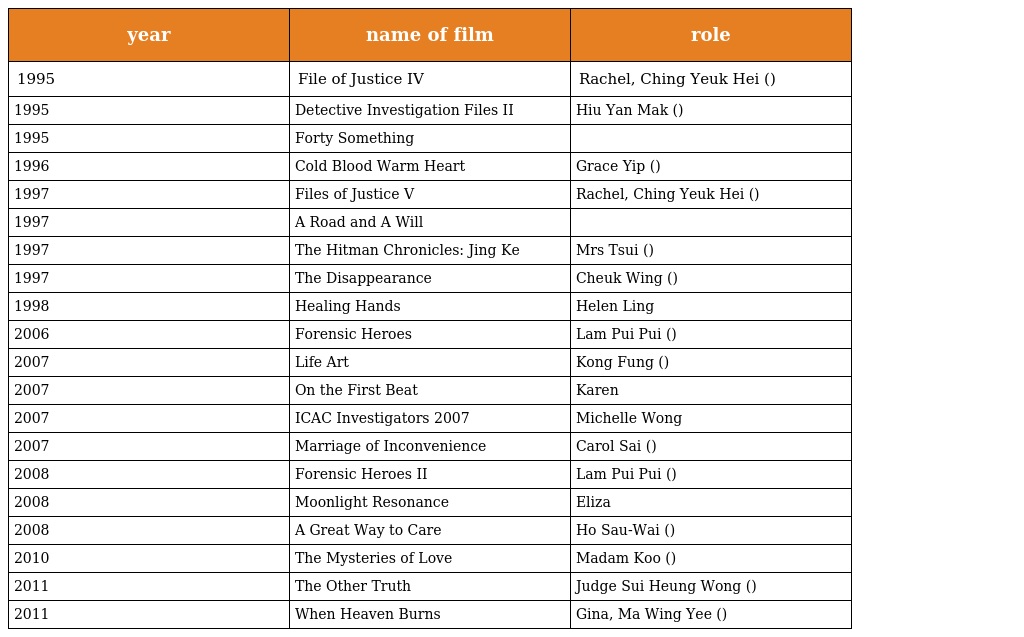
| year | name of film | role |
 | --- | --- | --- |
 | 1995 | File of Justice IV | Rachel, Ching Yeuk Hei (程若曦) |
 | 1995 | Detective Investigation Files II | Hiu Yan Mak (麥曉欣) |
 | 1995 | Forty Something |  |
 | 1996 | Cold Blood Warm Heart | Grace Yip (葉曉楓) |
 | 1997 | Files of Justice V | Rachel, Ching Yeuk Hei (程若曦) |
 | 1997 | A Road and A Will |  |
 | 1997 | The Hitman Chronicles: Jing Ke | Mrs Tsui (徐婉) |
 | 1997 | The Disappearance | Cheuk Wing (卓穎) |
 | 1998 | Healing Hands | Helen Ling |
 | 2006 | Forensic Heroes | Lam Pui Pui (林沛沛) |
 | 2007 | Life Art | Kong Fung (江風) |
 | 2007 | On the First Beat | Karen |
 | 2007 | ICAC Investigators 2007 | Michelle Wong |
 | 2007 | Marriage of Inconvenience | Carol Sai (冼　冰) |
 | 2008 | Forensic Heroes II | Lam Pui Pui (林沛沛) |
 | 2008 | Moonlight Resonance | Eliza |
 | 2008 | A Great Way to Care | Ho Sau-Wai (何秀惠) |
 | 2010 | The Mysteries of Love | Madam Koo (古玉嬌) |
 | 2011 | The Other Truth | Judge Sui Heung Wong (王瑞馨) |
 | 2011 | When Heaven Burns | Gina, Ma Wing Yee (馬詠儀) |